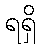
ရရှိ